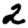
Digit: 2